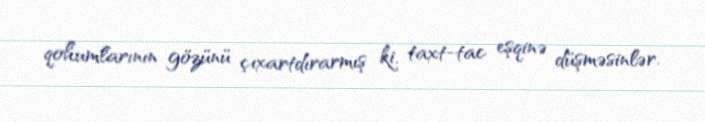
qohumlarının gözünü çıxartdırarmış ki, taxt-tac eşqinə düşməsinlər.